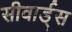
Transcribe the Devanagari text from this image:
सीवार्ड्स